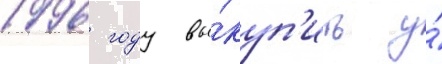
1996 году вы́куп'ить у́